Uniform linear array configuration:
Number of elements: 16
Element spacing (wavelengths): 1
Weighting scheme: cosine
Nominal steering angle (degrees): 45
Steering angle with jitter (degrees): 45.159
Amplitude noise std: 0.05
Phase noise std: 0.05

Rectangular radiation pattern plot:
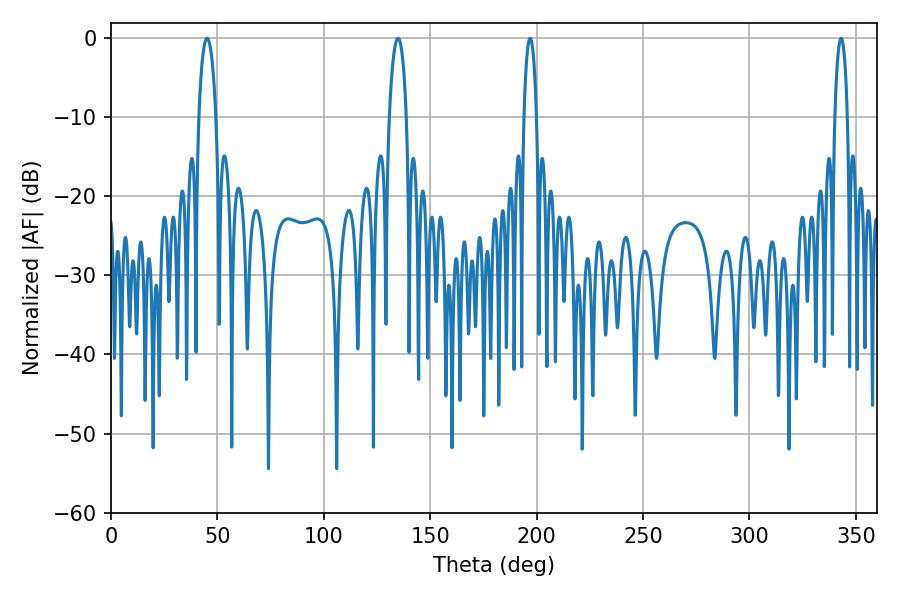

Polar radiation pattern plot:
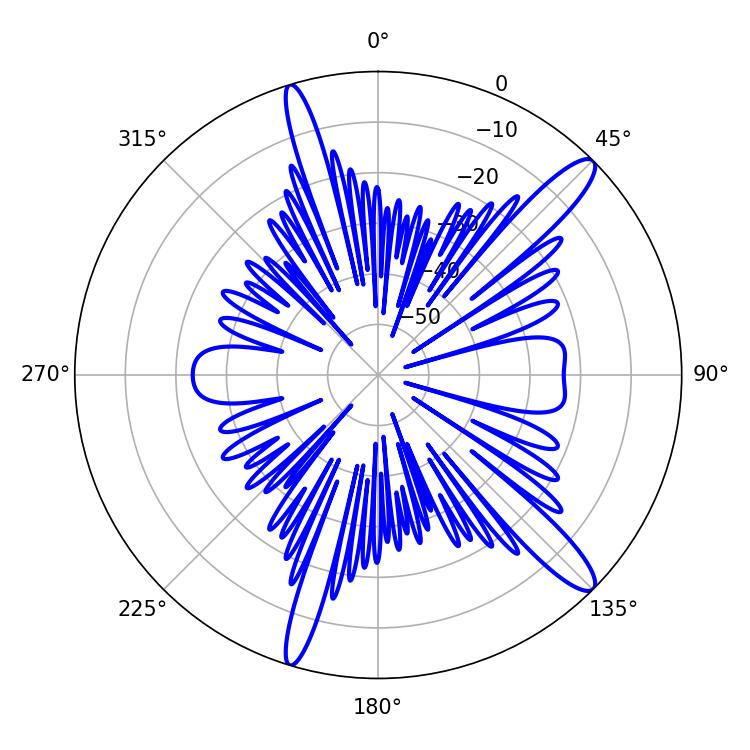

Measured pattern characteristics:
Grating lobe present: TRUE
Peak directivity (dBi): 13.539
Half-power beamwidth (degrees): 3.24
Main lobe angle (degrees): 196.92